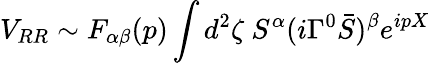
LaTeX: V_{RR}\sim F_{\alpha\beta}(p)\int d^{2}\zeta\ S^{\alpha}(i\Gamma^{0}{\bar{S}})^{\beta}e^{ipX}